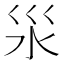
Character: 𣲂